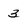
Character: 3